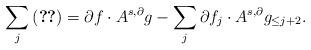
LaTeX: \begin{align*}\sum_j \eqref{pf_cor3c_e1_e1_1b} = \partial f \cdot A^{s,\partial} g -\sum_j \partial f_j \cdot A^{s,\partial}g_{\le j+2}.\end{align*}